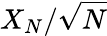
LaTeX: X_{N}/\sqrt{N}